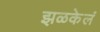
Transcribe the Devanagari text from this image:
झळकेलं